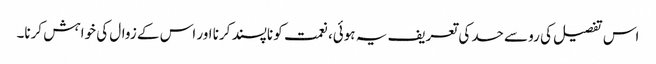
اس تفصیل کی رو سے حسد کی تعریف یہ ہوئی، نعمت کو ناپسند کرنا اور اس کے زوال کی خواہش کرنا۔